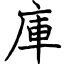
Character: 庫